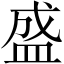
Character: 盛